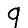
Digit: 9